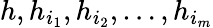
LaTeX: h,h_{i_{1}},h_{i_{2}},\ldots,h_{i_{m}}